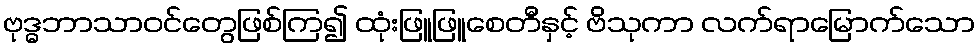
ဗုဒ္ဓဘာသာဝင်တွေဖြစ်ကြ၍ ထုံးဖြူဖြူစေတီနှင့် ဗိသုကာ လက်ရာမြောက်သော